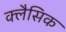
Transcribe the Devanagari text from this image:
क्लैसिक